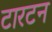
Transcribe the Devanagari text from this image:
टारटन